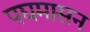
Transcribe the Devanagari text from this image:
पद्यमासन